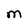
Character: M